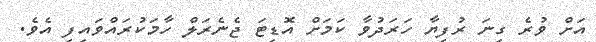
އަށް ވުރެ ގިނަ ރުފިޔާ ހަރަދުވާ ކަމަށް އޮޑިޓަ ޖެނެރަލް ހާމަކުރައްވައިފި އެވެ.